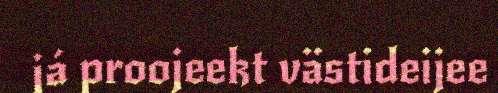
já proojeekt västideijee